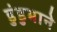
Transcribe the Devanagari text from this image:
डुंडुभाने